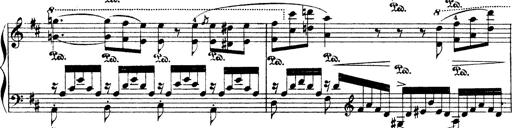
Title: Illustrations de l'opÃ©ra L'Africaine
Composer: Franz Liszt